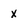
Character: x